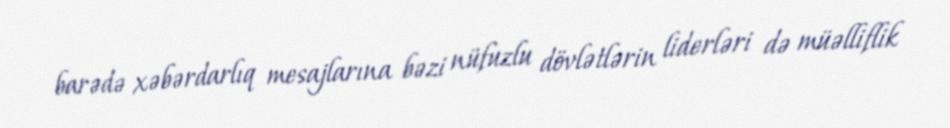
barədə xəbərdarlıq mesajlarına bəzi nüfuzlu dövlətlərin liderləri də müəlliflik